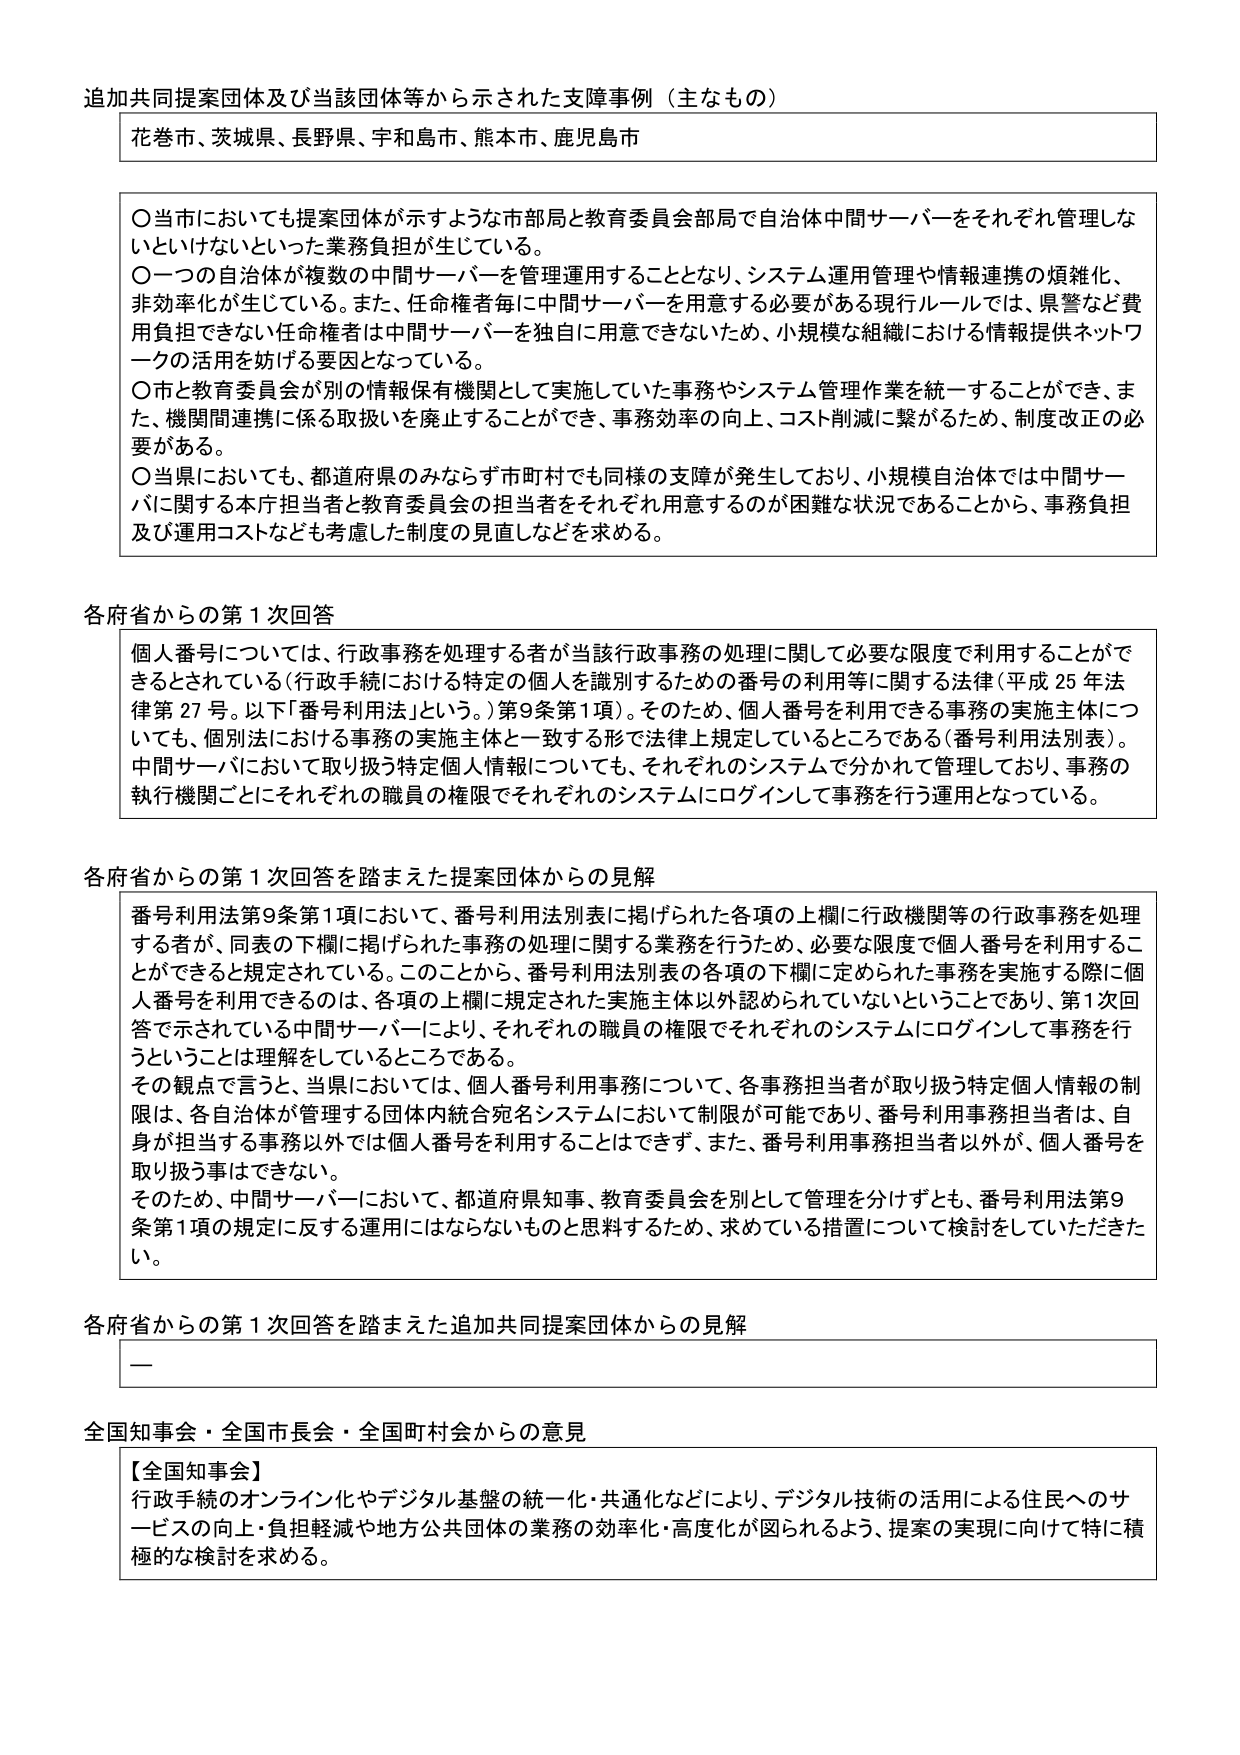
追加共同提案団体及び当該団体等から示された支障事例（主なもの）

花巻市、茨城県、長野県、宇和島市、熊本市、鹿児島市

〇 当市においても提案団体が示すような市部局と教育委員会部局で自治体中間サーバーをそれぞれ管理しないといけないといった業務負担が生じている。
〇 一つの自治体が複数の中間サーバーを管理運用することとなり、システム運用管理や情報連携の煩雑化、非効率化が生じている。また、任命権者毎に中間サーバーを用意する必要がある現行ルールでは、県警など費用負担できない任命権者は中間サーバーを独自に用意できないため、小規模な組織における情報提供ネットワークの活用を妨げる要因となっている。
〇 市と教育委員会が別の情報保有機関として実施していた事務やシステム管理作業を統一することができ、また、機関間連携に係る取扱いを廃止することができ、事務効率の向上、コスト削減に繋がるため、制度改正の必要がある。
〇 当県においても、都道府県のみならず市町村でも同様の支障が発生しており、小規模自治体では中間サーバに関する本庁担当者と教育委員会の担当者をそれぞれ用意するのが困難な状況であることから、事務負担及び運用コストなども考慮した制度の見直しなどを求める。

各府省からの第1次回答

個人番号については、行政事務を処理する者が当該行政事務の処理に関して必要な限度で利用することができるとしている（行政手続における特定の個人を識別するための番号の利用等に関する法律（平成25年法律第27号。以下「番号利用法」という。）第9条第1項）。そのため、個人番号を利用できる事務の実施主体についても、個別法における事務の実施主体と一致する形で法律上規定しているところである（番号利用法別表）。中間サーバにおいて取り扱う特定個人情報についても、それぞれのシステムで分かれて管理しており、事務の執行機関ごとにそれぞれの職員の権限でそれぞれのシステムにログインして事務を行う運用となっている。

各府省からの第1次回答を踏まえた提案団体からの見解

番号利用法第9条第1項において、番号利用法別表に掲げられた各項の上欄に行政機関等の行政事務を処理する者が、同表の下欄に掲げられた事務の処理に関する業務を行うため、必要な限度で個人番号を利用することができる規定されている。このことから、番号利用法別表の各項の下欄に定められた事務を実施する際に個人番号を利用できるのは、各項の上欄に規定された実施主体以外認められていないということであり、第1次回答で示されている中間サーバーにより、それぞれの職員の権限でそれぞれのシステムにログインして事務を行うということは理解をしているところである。
その観点で言うと、当県においては、個人番号利用事務について、各事務担当者が取り扱う特定個人情報の制限は、各自治体が管理する団体内統合宛名システムにおいて制限が可能であり、番号利用事務担当者は、自身が担当する事務以外では個人番号を利用することはできず、また、番号利用事務担当者以外が、個人番号を取り扱う事はできない。
そのため、中間サーバーにおいて、都道府県知事、教育委員会を別として管理を分けずとも、番号利用法第9条第1項の規定に反する運用にはならないものと思料するため、求めている措置について検討をしていただきたい。

各府省からの第1次回答を踏まえた追加共同提案団体からの見解

—

全国知事会・全国市長会・全国町村会からの意見

【全国知事会】
行政手続のオンライン化やデジタル基盤の統一・共通化などにより、デジタル技術の活用による住民へのサービスの向上・負担軽減や地方公共団体の業務の効率化・高度化が図られるよう、提案の実現に向けて特に積極的な検討を求める。